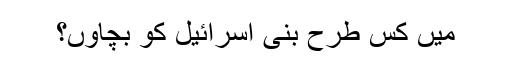
مَیں کِس طرح بنی اِسرائیل کو بچاؤں؟